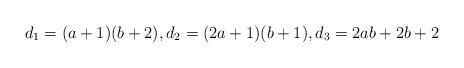
LaTeX: \begin{align*}d_1=(a+1)(b+2),d_2=(2a+1)(b+1),d_3=2ab+2b+2\end{align*}